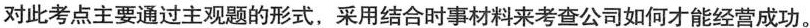
对此考点主要通过主观题的形式，采用结合时事材料来考查公司如何才能经营成功。